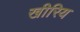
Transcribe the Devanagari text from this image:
खीरिय